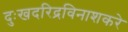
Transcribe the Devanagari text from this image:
दुःखदरिद्रविनाशकरे